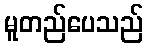
မူတည်ပေသည်